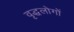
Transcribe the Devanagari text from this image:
वृद्धलोगों